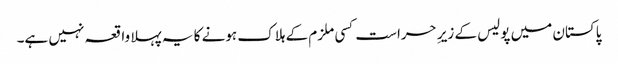
پاکستان میں پولیس کے زیرِ حراست کسی ملزم کے ہلاک ہونے کا یہ پہلا واقعہ نہیں ہے۔